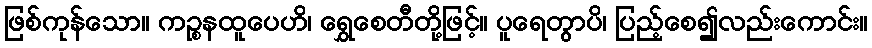
ဖြစ်ကုန်သော။ ကဉ္စနထူပေဟိ၊ ရွှေစေတီတို့ဖြင့်။ ပူရေတွာပိ၊ ပြည့်စေ၍လည်းကောင်း။